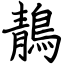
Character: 鶄